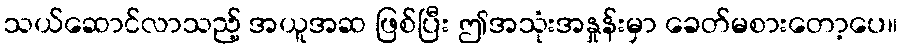
သယ်ဆောင်လာသည့် အယူအဆ ဖြစ်ပြီး ဤအသုံးအနှုန်းမှာ ခေတ်မစားတော့ပေ။